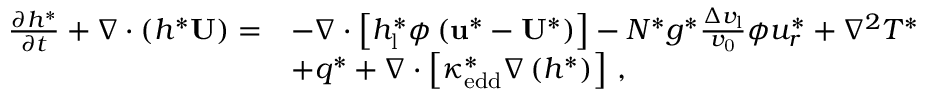
\begin{array} { r l } { \frac { \partial h ^ { * } } { \partial t } + \nabla \cdot \left( h ^ { * } \mathbf { U } \right) = } & { - \nabla \cdot \left[ h _ { \mathrm { l } } ^ { * } \phi \left( \mathbf { u ^ { * } } - \mathbf { U ^ { * } } \right) \right] - N ^ { * } g ^ { * } \frac { \Delta v _ { \mathrm { l } } } { v _ { \mathrm { 0 } } } \phi { u _ { r } ^ { * } } + \nabla ^ { 2 } T ^ { * } } \\ & { + q ^ { * } + \nabla \cdot \left[ \kappa _ { \mathrm { e d d } } ^ { * } \nabla \left( h ^ { * } \right) \right] \, , } \end{array}